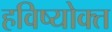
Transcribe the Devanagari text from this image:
हविष्योक्त